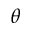
\theta